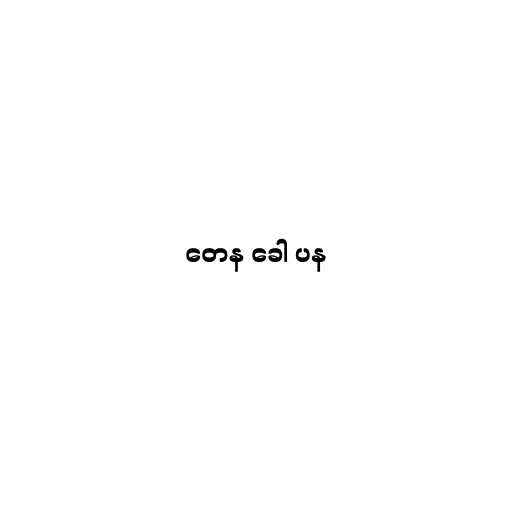
တေန ခေါ ပန